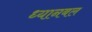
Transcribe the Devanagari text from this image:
ध्यानबल